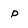
Character: p